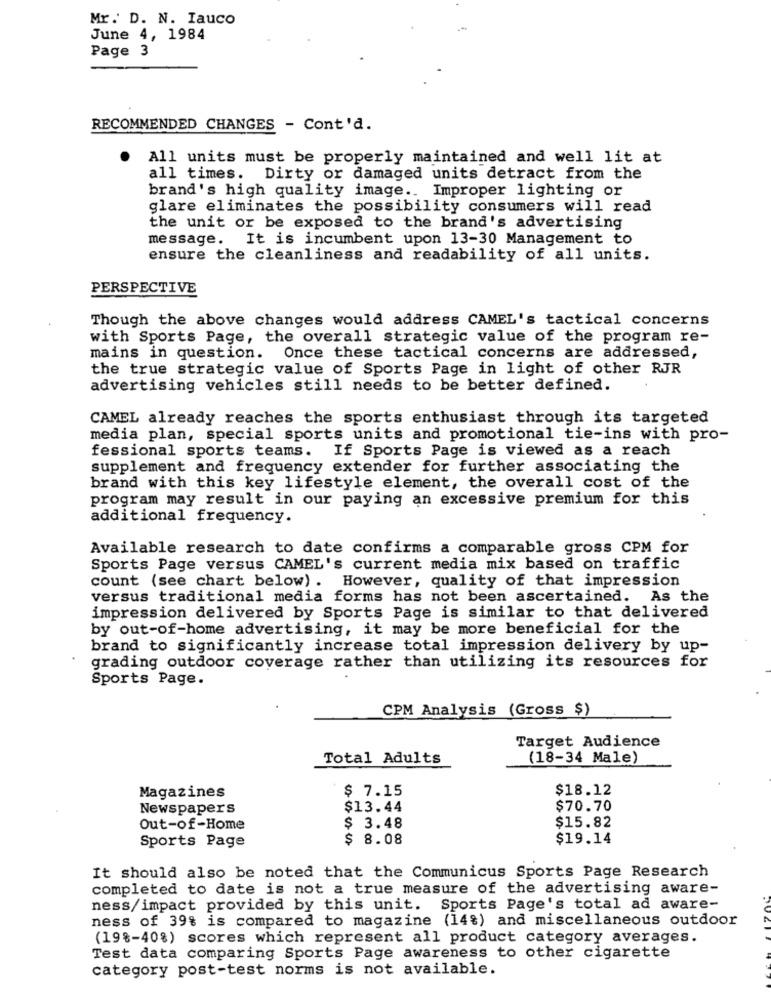
Mr. D. N. Iauco
June 4, 1984
Page 3
RECOMMENDED CHANGES - Cont'd.
All units must be properly maintained and well lit at
all times. Dirty or damaged units detract from the
brand's high quality image .. Improper lighting or
glare eliminates the possibility consumers will read
the unit or be exposed to the brand's advertising
message. It is incumbent upon 13-30 Management to
ensure the cleanliness and readability of all units.
PERSPECTIVE
Though the above changes would address CAMEL's tactical concerns
with Sports Page, the overall strategic value of the program re-
mains in question.
Once these tactical concerns are addressed,
the true strategic value of Sports Page in light of other RJR
advertising vehicles still needs to be better defined.
CAMEL already reaches the sports enthusiast through its targeted
media plan, special sports units and promotional tie-ins with pro-
fessional sports teams. If Sports Page is viewed as a reach
supplement and frequency extender for further associating the
brand with this key lifestyle element, the overall cost of the
program may result in our paying an excessive premium for this
additional frequency.
Available research to date confirms a comparable gross CPM for
Sports Page versus CAMEL's current media mix based on traffic
count (see chart below) . However, quality of that impression
versus traditional media forms has not been ascertained. As the
impression delivered by Sports Page is similar to that delivered
by out-of-home advertising, it may be more beneficial for the
brand to significantly increase total impression delivery by up-
grading outdoor coverage rather than utilizing its resources for
Sports Page.
CPM Analysis (Gross $)
Target Audience
Total Adults
(18-34 Male)
Magazines
$ 7.15
$18.12
Newspapers
$13.44
$70.70
$15.82
Out-of-Home
$ 3.48
Sports Page
$ 8.08
$19.14
It should also be noted that the Communicus Sports Page Research
completed to date is not a true measure of the advertising aware-
ness/impact provided by this unit. Sports Page's total ad aware-
ness of 39% is compared to magazine (14%) and miscellaneous outdoor
(19%-40%) scores which represent all product category averages.
Test data comparing Sports Page awareness to other cigarette
category post-test norms is not available.